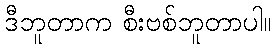
ဒီဘူတာက စီးဗစ်ဘူတာပါ။